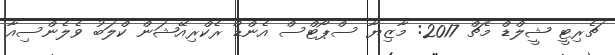
ޗެރިޓީ ޝީލްޑް މެޗް 2017: މާޒިޔާ ސްޕޯޓްސް އެންޑް ރެކްރިއޭޝަން ކްލަބު ވެލެންސިއާ